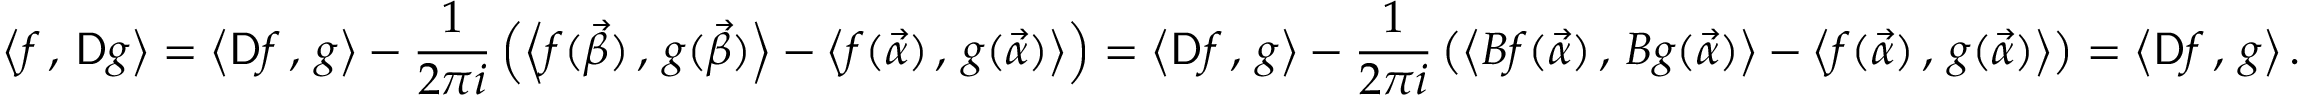
\left\langle f \, , \, \mathsf { D } g \right\rangle = \left\langle \mathsf { D } f \, , \, g \right\rangle - \frac 1 { 2 \pi i } \left( \left\langle f ( \vec { \beta } ) \, , \, g ( \vec { \beta } ) \right\rangle - \left\langle f ( \vec { \alpha } ) \, , \, g ( \vec { \alpha } ) \right\rangle \right) = \left\langle \mathsf { D } f \, , \, g \right\rangle - \frac { 1 } { 2 \pi i } \left( \left\langle B f ( \vec { \alpha } ) \, , \, B g ( \vec { \alpha } ) \right\rangle - \left\langle f ( \vec { \alpha } ) \, , \, g ( \vec { \alpha } ) \right\rangle \right) = \left\langle \mathsf { D } f \, , \, g \right\rangle .